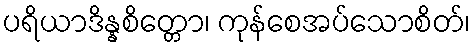
ပရိယာဒိန္နစိတ္တော၊ ကုန်စေအပ်သောစိတ်၊